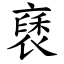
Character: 褎